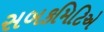
સબકમિટિએ